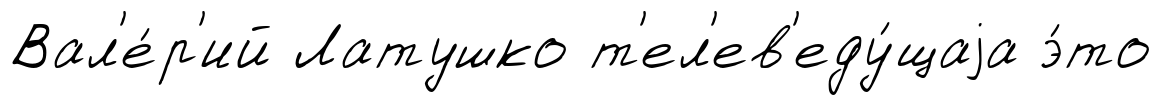
Вал'е́р'ий Латушко т'ел'ев'еду́щаjа э́то